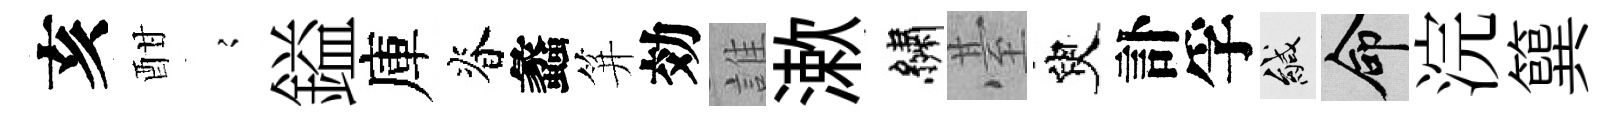
亥酣𡪹鎰庫脊蠡笄効誰漱繡䑓臾訃孚緘命浣簨